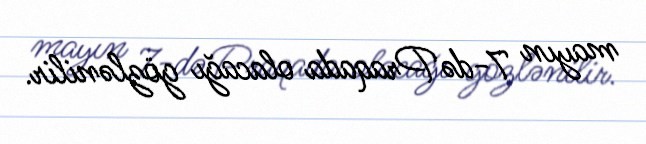
mayın 7-də Praqada olacağı gözlənilir.